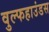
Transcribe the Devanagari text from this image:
वुल्फहाउंडस